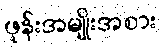
ဖုန်းအမျိုးအစား